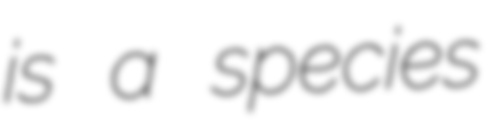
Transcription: is a species